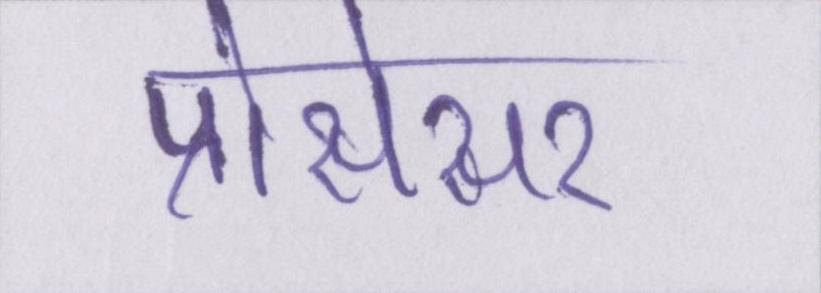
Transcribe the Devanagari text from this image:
प्रोसेसर